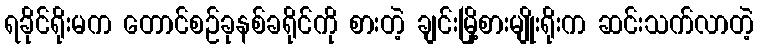
ရခိုင်ရိုးမက တောင်စဉ်ခုနစ်ခရိုင်ကို စားတဲ့ ချင်းမြို့စားမျိုးရိုးက ဆင်းသက်လာတဲ့